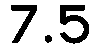
7.5